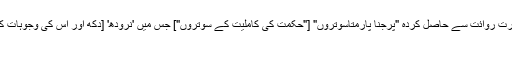
اس سے بھی بڑھ کر میرے خیال میں سنسکرت روائت سے حاصل کردہ "پرجنا پارمتاسوتروں" ["حکمت کی کاملیت کے سوتروں"] جس میں 'نرودھ' [دکھ اور اس کی وجوہات کا حقیقی تدارک] پر، جو کہ تیسری بلند و بالا
سچائی ہے، زور دیا جاتا ہے۔